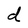
Character: d